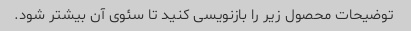
توضیحات محصول زیر را بازنویسی کنید تا سئوی آن بیشتر شود.